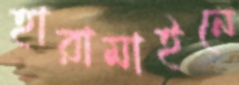
হারামাইনে